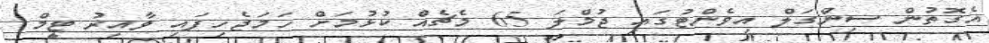
އެގޮތުން ސިންގަލް އިވެންޓުގައި ޖުމްލަ 65 މެޗެއް ކުޅުމަށް ހަމަޖެހިފައި ވާއިރު ޓީމް